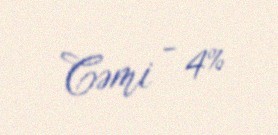
Cəmi - 4%